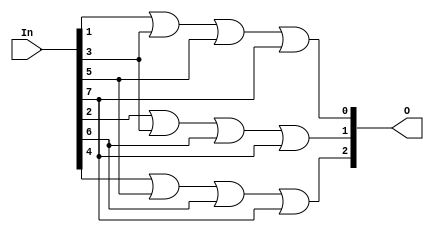
`timescale 1ns / 1ps
//////////////////////////////////////////////////////////////////////////////////
// Company: 
// Engineer: 
// 
// Design Name: 
// Module Name:    Encoder_8x3 
// Project Name: 
// Target Devices: 
// Tool versions: 
// Description: 
//
// Dependencies: 
//
// Revision: 
// Revision 0.01 - File Created
// Additional Comments: 
//
//////////////////////////////////////////////////////////////////////////////////
module Encoder_8x3(
    input [7:0] In,
    output [2:0] O
    );
	 
	 or O0(O[0], In[1], In[3], In[5], In[7]);
	 or O1(O[1], In[2], In[3], In[6], In[7]);
	 or O2(O[2], In[4], In[5], In[6], In[7]);


endmodule